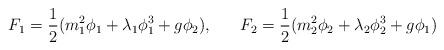
LaTeX: \begin{align*}F_{1} =\frac{1}{2} (m_{1}^{2} \phi_{1} + \lambda_{1} \phi_{1}^{3} + g \phi_{2}), \;\;\;\;\;\;F_{2} =\frac{1}{2} (m_{2}^{2} \phi_{2} + \lambda_{2} \phi_{2}^{3} + g \phi_{1})\end{align*}